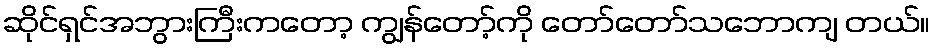
ဆိုင်ရှင်အဘွားကြီးကတော့ ကျွန်တော့်ကို တော်တော်သဘောကျ တယ်။